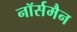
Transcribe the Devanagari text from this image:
नॉर्समैन